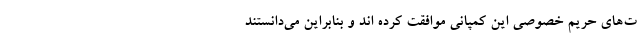
ت‌‌های حریم خصوصی این کمپانی موافقت کرده اند و بنابراین می‌دانستند